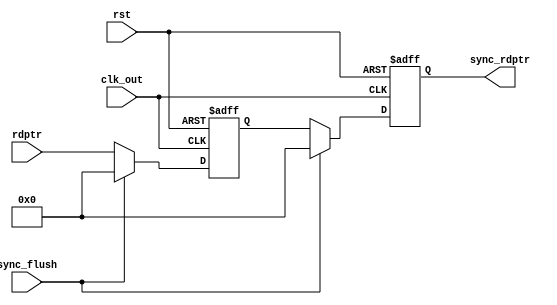
module read_sync #(parameter addrbits=8)
                  (input clk_out, rst, sync_flush,
                   input [addrbits:0] rdptr,
                   output reg [addrbits:0] sync_rdptr);

reg [addrbits:0] r0;

always @(posedge clk_out , negedge rst) 
begin
 if(!rst)
 begin
  r0 <= 0;
  sync_rdptr <= 0;
  end
     else if(sync_flush) 
     begin
       r0 <= 0;
       sync_rdptr <= 0;
     end
 else
  begin
    r0 <= rdptr;
    sync_rdptr <= r0;
  end
end 
endmodule